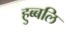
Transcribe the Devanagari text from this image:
हुब्बलि